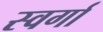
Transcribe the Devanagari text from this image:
स्वर्गा